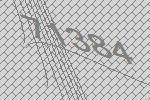
71384